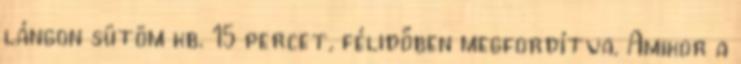
lángon sütöm kb. 15 percet, félidőben megfordítva. Amikor a